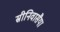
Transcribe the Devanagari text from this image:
स्रीनिवासैया